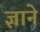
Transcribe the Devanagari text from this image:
ज्ञाने